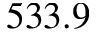
5 3 3 . 9